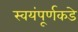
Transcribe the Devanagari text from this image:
स्वयंपूर्णकडे